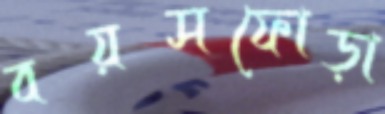
বয়সফোড়া